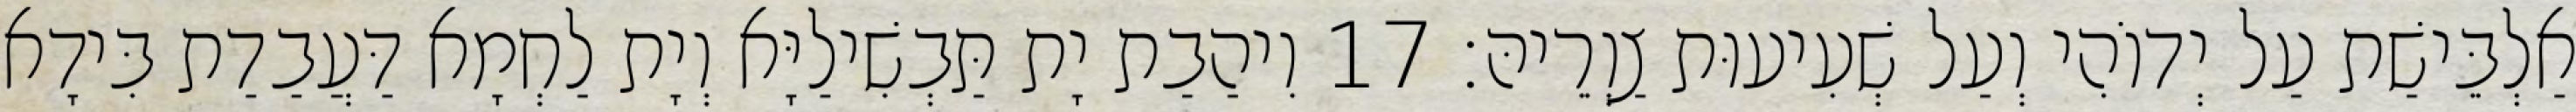
אַלְבֵּישַׁת עַל יְדוֹהִי וְעַל שְׁעִיעוּת צַוְרֵיהּ׃ 17 וִיהַבַת יָת תַּבְשִׁילַיָּא וְיָת לַחְמָא דַּעֲבַדַת בִּידָא